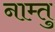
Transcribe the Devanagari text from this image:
नाम्तु